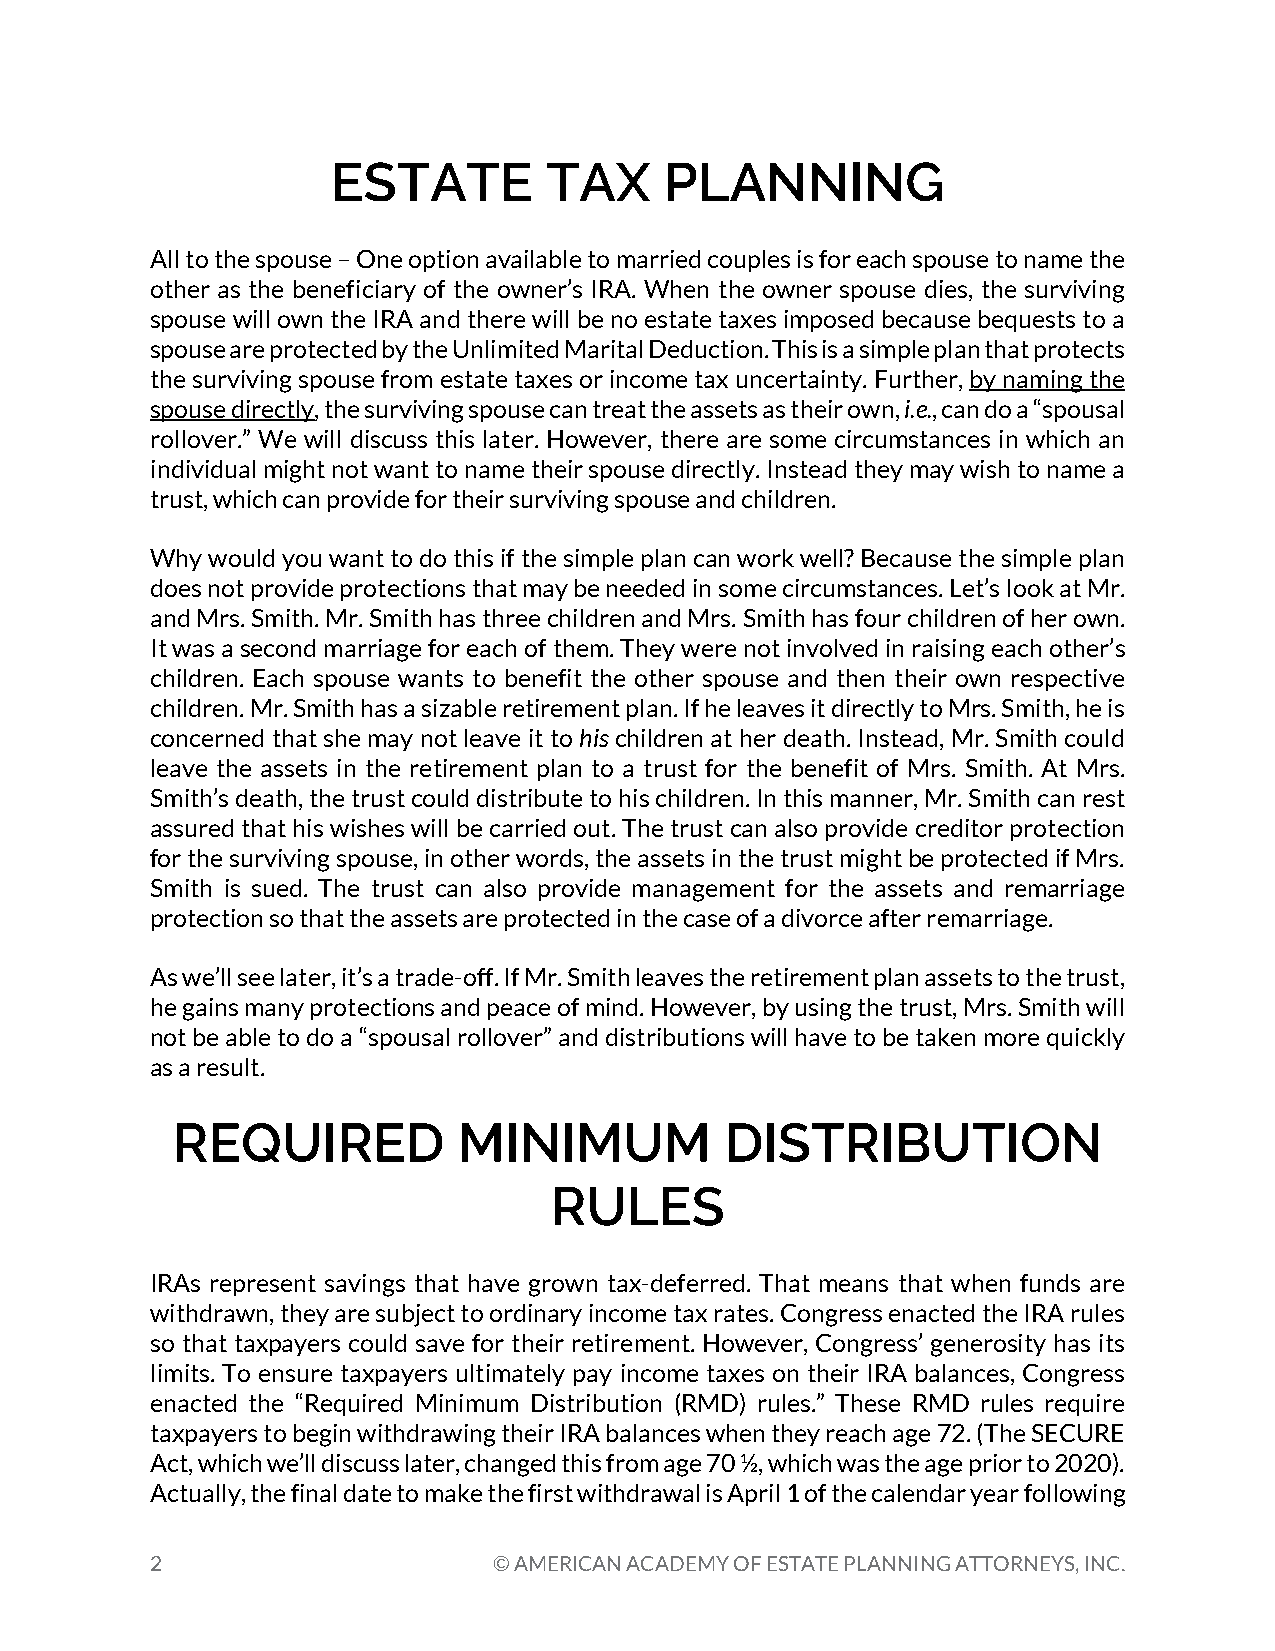
ESTATE        TAX     PLANNING
 All to the spouse – One option available to married couples is for each spouse to name the
 other as the beneficiary of the owner’s IRA. When the owner spouse dies, the surviving
 spouse will own the IRA and there will be no estate taxes imposed because bequests to a
 spouse are protected by the Unlimited Marital Deduction. This is a simple plan that protects
 the surviving spouse from estate taxes or income tax uncertainty. Further, by naming the
 spouse directly, the surviving spouse can treat the assets as their own, i.e., can do a “spousal
 rollover.” We will discuss this later. However, there are some circumstances in which an
 individual might not want to name their spouse directly. Instead they may wish to name a
 trust, which can provide for their surviving spouse and children.
 Why would you want to do this if the simple plan can work well? Because the simple plan
 does not provide protections that may be needed in some circumstances. Let’s look at Mr.
 and Mrs. Smith. Mr. Smith has three children and Mrs. Smith has four children of her own.
 It was a second marriage for each of them. They were not involved in raising each other’s
 children. Each spouse wants to benefit the other spouse and then their own respective
 children. Mr. Smith has a sizable retirement plan. If he leaves it directly to Mrs. Smith, he is
 concerned that she may not leave it to his children at her death. Instead, Mr. Smith could
 leave the assets in the retirement plan to a trust for the benefit of Mrs. Smith. At Mrs.
 Smith’s death, the trust could distribute to his children. In this manner, Mr. Smith can rest
 assured that his wishes will be carried out. The trust can also provide creditor protection
 for the surviving spouse, in other words, the assets in the trust might be protected if Mrs.
 Smith is sued. The trust can also provide management for the assets and remarriage
 protection so that the assets are protected in the case of a divorce after remarriage.
 As we’ll see later, it’s a trade-off. If Mr. Smith leaves the retirement plan assets to the trust,
 he gains many protections and peace of mind. However, by using the trust, Mrs. Smith will
 not be able to do a “spousal rollover” and distributions will have to be taken more quickly
 as a result.
 REQUIRED           MINIMUM           DISTRIBUTION
 RULES
 IRAs represent savings that have grown tax-deferred. That means that when funds are
 withdrawn, they are subject to ordinary income tax rates. Congress enacted the IRA rules
 so that taxpayers could save for their retirement. However, Congress’ generosity has its
 limits. To ensure taxpayers ultimately pay income taxes on their IRA balances, Congress
 enacted the “Required Minimum Distribution (RMD) rules.” These RMD rules require
 taxpayers to begin withdrawing their IRA balances when they reach age 72. (The SECURE
 Act, which we’ll discuss later, changed this from age 70 ½, which was the age prior to 2020).
 Actually, the final date to make the first withdrawal is April 1 of the calendar year following
 2                      © AMERICAN ACADEMY OF ESTATE PLANNING ATTORNEYS, INC.